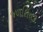
જળશિતક